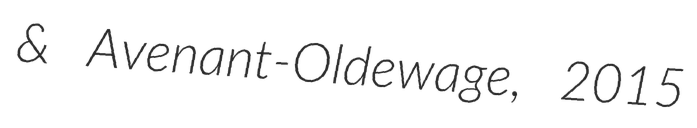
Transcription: & Avenant-Oldewage, 2015